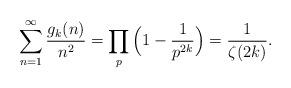
LaTeX: \begin{align*}\sum_{n=1}^{\infty}\frac{g_k(n)}{n^2}=\prod_{p}\Big(1-\frac{1}{p^{2k}}\Big)=\frac{1}{\zeta(2k)}.\end{align*}